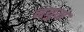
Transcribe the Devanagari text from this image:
नयुम